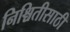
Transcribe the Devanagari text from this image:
निश्चितीसाठी